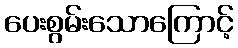
ပေးစွမ်းသောကြောင့်